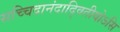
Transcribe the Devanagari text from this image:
सच्चिदानंदाद्वितीयोऽसि